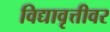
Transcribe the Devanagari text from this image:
विद्यावृत्तीवर